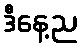
ဒီနေ့ည